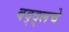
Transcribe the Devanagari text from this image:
बद्द्लचे